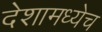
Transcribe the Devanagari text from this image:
देशामध्येच